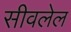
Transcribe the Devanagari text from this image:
सीवलेल